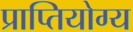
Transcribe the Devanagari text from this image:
प्राप्तियोग्य